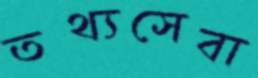
তথ্যসেবা